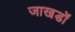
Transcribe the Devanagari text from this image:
जाखडों